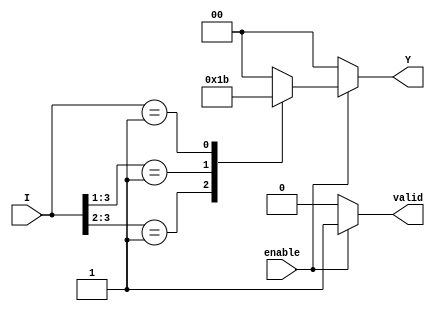
module priority_encoder (
    input wire [3:0] I,      // 4 input lines
    input wire enable,       // Enable signal
    output reg [1:0] Y,      // 2-bit output for the encoded value
    output reg valid         // Output valid signal
);

    always @(*) begin
        if (!enable) begin
            Y = 2'b00;        // Default state when not enabled
            valid = 1'b0;     // Output is not valid
        end else begin
            valid = 1'b1;     // Output is valid
            casez (I)         // Use casez to handle don't care conditions
                4'b1???: Y = 2'b00; // I0 is active
                4'b01??: Y = 2'b01; // I1 is active
                4'b001?: Y = 2'b10; // I2 is active
                4'b0001: Y = 2'b11; // I3 is active
                default: Y = 2'b00;  // Default case (no active inputs)
            endcase
        end
    end

endmodule